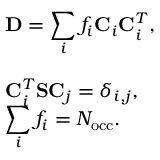
\begin{array} { l } { { \displaystyle { \bf D } = \sum _ { i } f _ { i } { \bf C } _ { i } { \bf C } _ { i } ^ { T } } , } \\ { ~ ~ } \\ { { \displaystyle { \bf C } _ { i } ^ { T } { \bf S } { \bf C } _ { j } = \delta _ { i , j } } , \ ~ } \\ { { \displaystyle \sum _ { i } f _ { i } = N _ { \mathrm { o c c } } } . } \end{array}